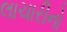
લાચારીનો